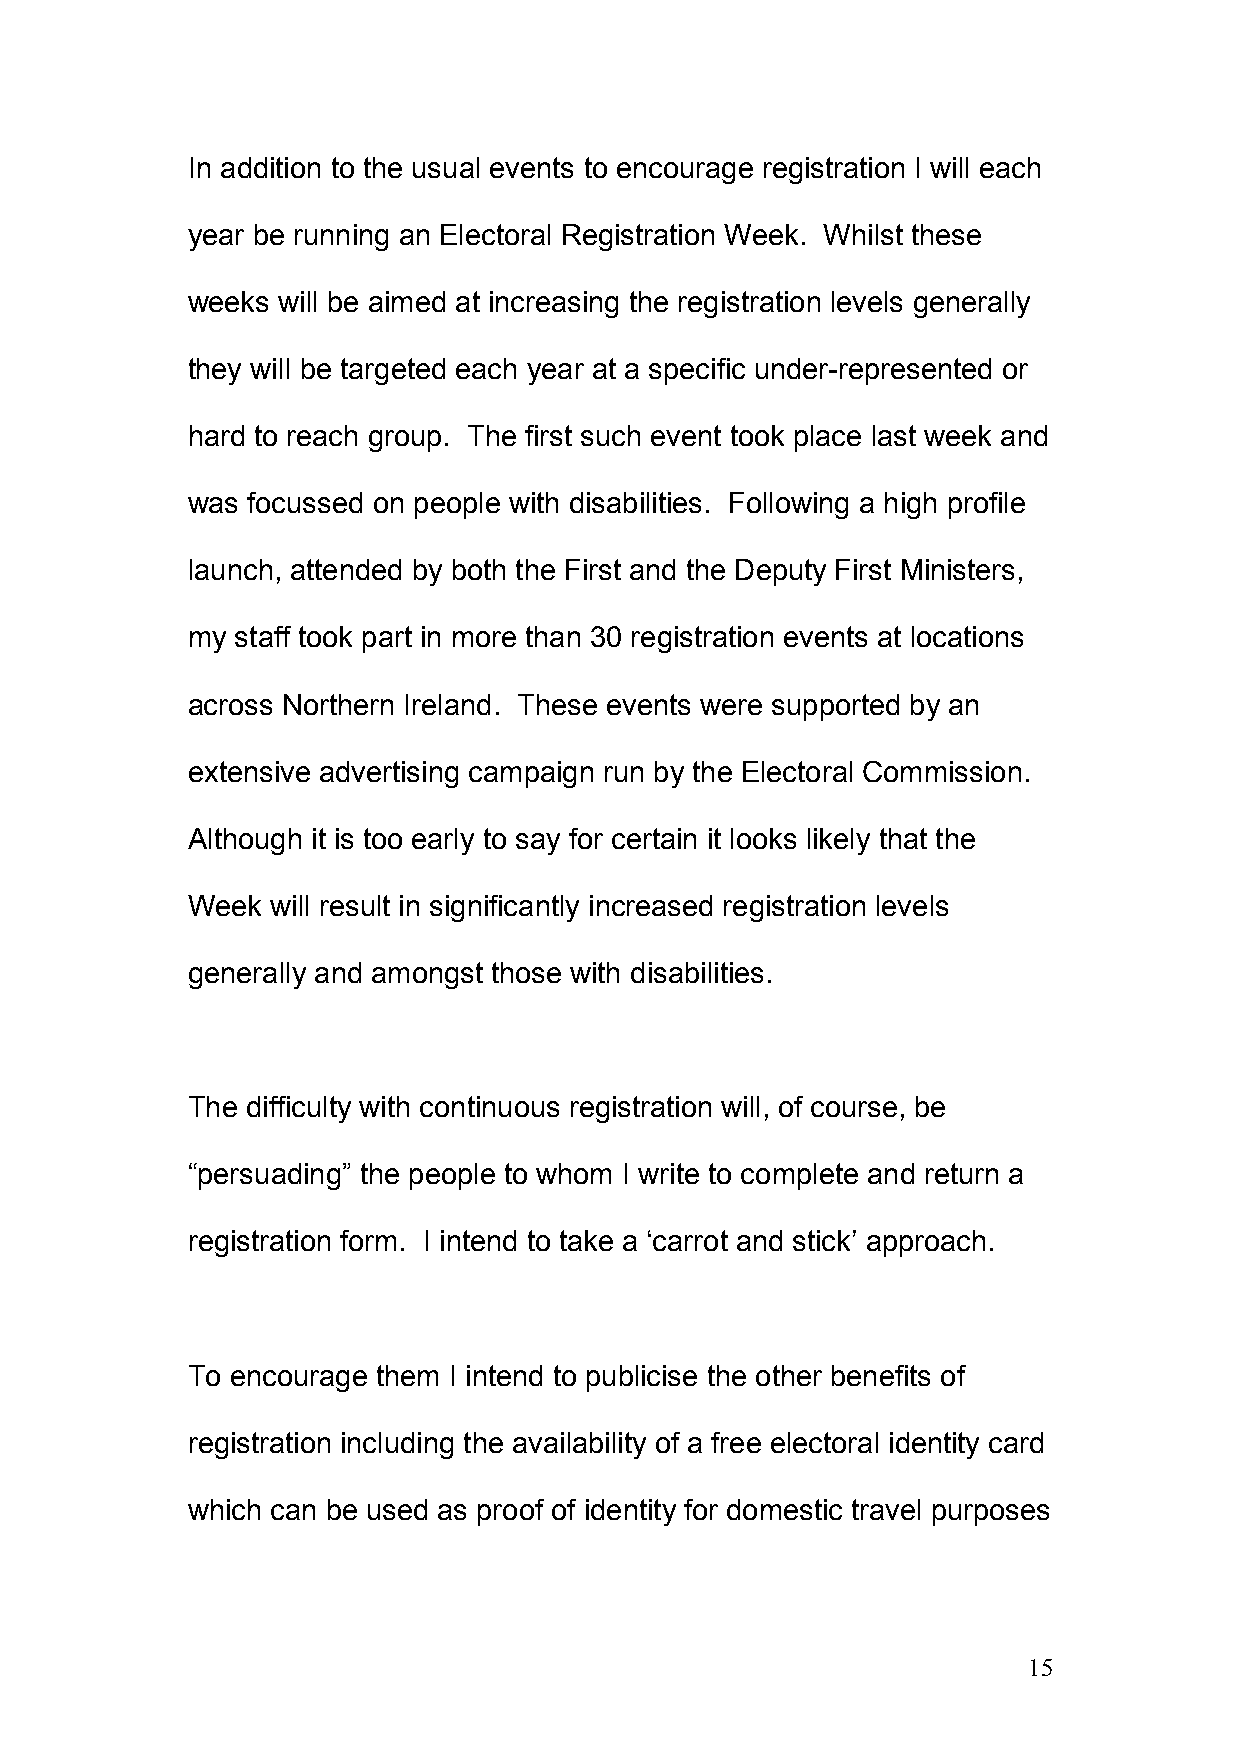
In addition to the usual events to encourage registration I will each
 year be running an Electoral Registration Week. Whilst these
 weeks will be aimed at increasing the registration levels generally
 they will be targeted each year at a specific under-represented or
 hard to reach group. The first such event took place last week and
 was focussed on people with disabilities. Following a high profile
 launch, attended by both the First and the Deputy First Ministers,
 my  staff took part in more than 30 registration events at locations
 across Northern Ireland. These events were supported by an
 extensive advertising campaign run by the Electoral Commission.
 Although it is too early to say for certain it looks likely that the
 Week  will result in significantly increased registration levels
 generally and amongst those with disabilities.
 The difficulty with continuous registration will, of course, be
 “persuading” the people to whom I write to complete and return a
 registration form. I intend to take a ‘carrot and stick’ approach.
 To encourage them I intend to publicise the other benefits of
 registration including the availability of a free electoral identity card
 which can be used as proof of identity for domestic travel purposes
 15